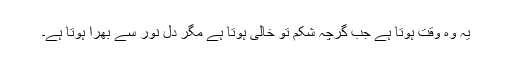
یہ وہ وقت ہوتا ہے جب گرچہ شکم تو خالی ہوتا ہے مگر دل نور سے بھرا ہوتا ہے۔